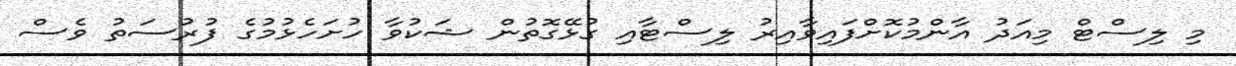
މި ލިސްޓް މިއަދު އާންމުކޮށްފައިވާއިރު ލިސްޓާއި ގުޅޭގޮތުން ޝަކުވާ ހުށަހެޅުމުގެ ފުރުސަތު ވެސް